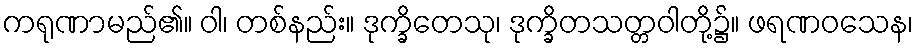
ကရုဏာမည်၏။ ဝါ၊ တစ်နည်း။ ဒုက္ခိတေသု၊ ဒုက္ခိတသတ္တဝါတို့၌။ ဖရဏဝသေန၊